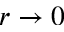
r \rightarrow 0